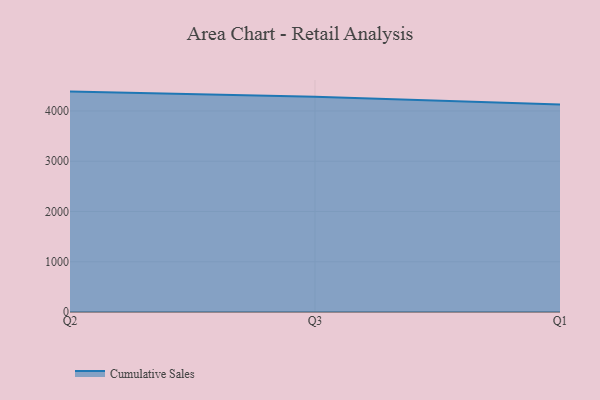
{"axis": {"x": "Quarter", "y": "Active Users"}, "legend": ["Cumulative Sales"], "data": [{"x": "Q2", "y": 4385.6, "type": "Cumulative Sales"}, {"x": "Q3", "y": 4284.8, "type": "Cumulative Sales"}, {"x": "Q1", "y": 4130.0, "type": "Cumulative Sales"}]}